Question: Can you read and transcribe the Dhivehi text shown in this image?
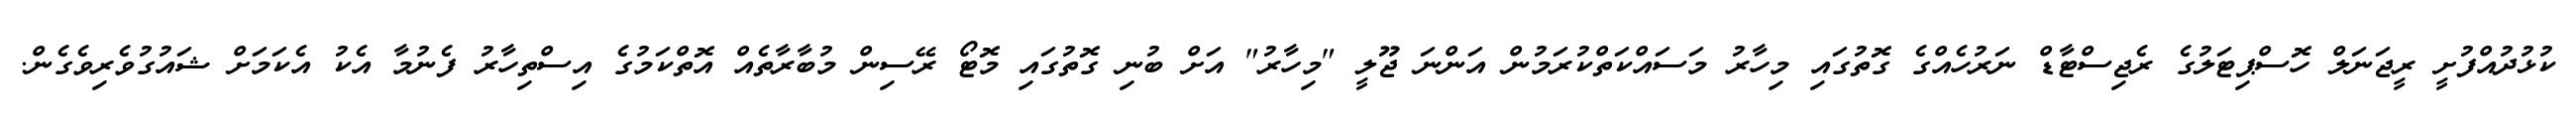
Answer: ކުޅުދުއްފުށީ ރީޖަނަލް ހޮސްޕިޓަލުގެ ރެޖިސްޓާޑް ނަރުހެއްގެ ގޮތުގައި މިހާރު މަސައްކަތްކުރަމުން އަންނަ ޖޫލީ "މިހާރު" އަށް ބުނި ގޮތުގައި މޮޓޯ ރޭސިން މުބާރާތެއް އޮތްކަމުގެ އިސްތިހާރު ފެނުމާ އެކު އެކަމަށް ޝައުގުވެރިވެގެން.